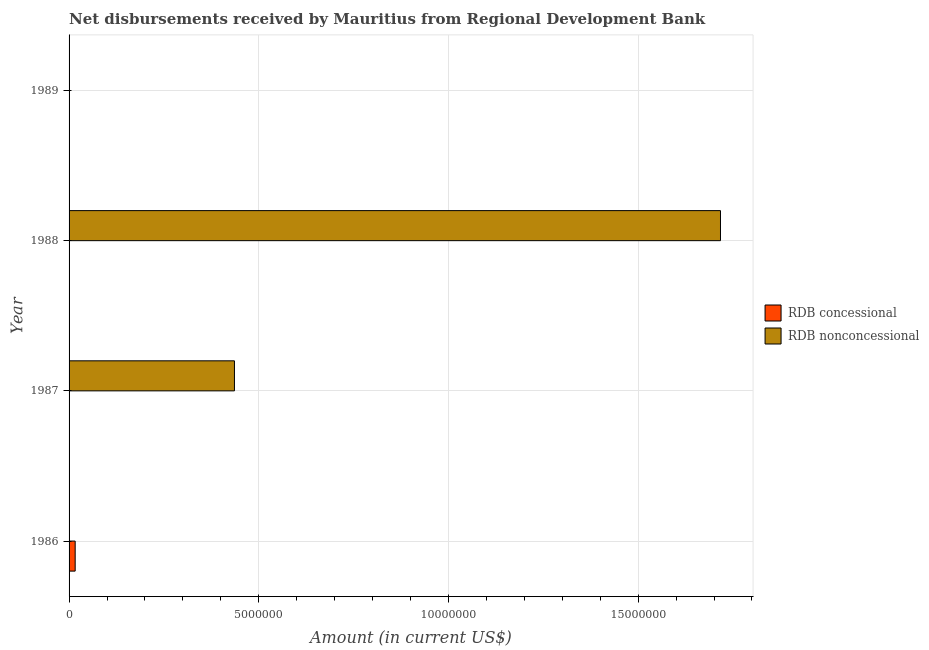
| Year | RDB concessional | RDB nonconcessional |
 | --- | --- | --- |
 | 1986 | 1.61e+05 | -8e+05 |
 | 1987 | -2.8e+04 | 4.36e+06 |
 | 1988 | -1.77e+05 | 1.72e+07 |
 | 1989 | -1.65e+05 | -3.84e+05 |